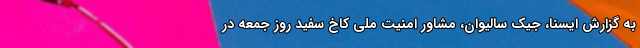
به گزارش ایسنا، جیک سالیوان، مشاور امنیت ملی کاخ سفید روز جمعه در